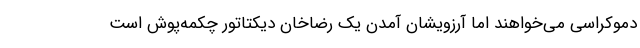
دموکراسی می‌خواهند اما آرزویشان آمدن یک رضاخان دیکتاتور چکمه‌پوش است